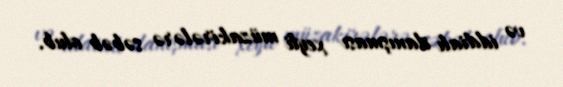
və iddialı danışması xeyli müzakirələrə səbəb olub.